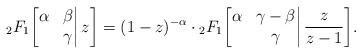
LaTeX: \begin{align*}{}_{2}F_1\bigg[\begin{matrix}\alpha&\beta\\&\gamma\end{matrix}\bigg|\,z\bigg]=(1-z)^{-\alpha}\cdot{}_{2}F_1\bigg[\begin{matrix}\alpha&\gamma-\beta\\&\gamma\end{matrix}\bigg|\,\frac{z}{z-1}\bigg].\end{align*}